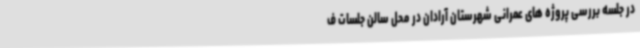
در جلسه بررسی پروژه های عمرانی شهرستان آرادان در محل سالن جلسات ف